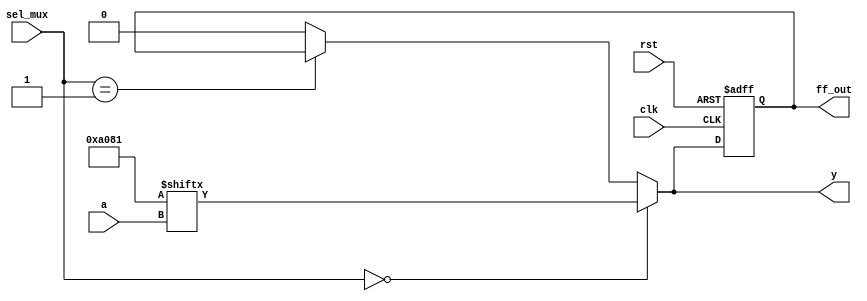
module CLB (
    input wire [3:0] a,          // 4-bit input for LUT
    input wire [1:0] sel_mux,    // 2-bit selector for multiplexer
    input wire clk,              // Clock for flip-flop
    input wire rst,              // Reset signal
    output wire y,               // Output of the CLB
    output reg ff_out            // Output from flip-flop
);

    // 4-input LUT implementation
    reg [15:0] lut;               // 16 entries for a 4-input LUT
    wire lut_out;

    // Initialize LUT with a specific function
    initial begin
        // Example: LUT representing a simple function (e.g., AND)
        lut = 16'b0000000000000000; // Replace with desired truth table
        lut[0] = 1;  // 0000 -> Output 0
        lut[1] = 0;  // 0001 -> Output 0
        lut[2] = 0;  // 0010 -> Output 0
        lut[3] = 0;  // 0011 -> Output 0
        lut[4] = 0;  // 0100 -> Output 0
        lut[5] = 0;  // 0101 -> Output 0
        lut[6] = 0;  // 0110 -> Output 0
        lut[7] = 1;  // 0111 -> Output 1
        lut[8] = 0;  // 1000 -> Output 0
        lut[9] = 0;  // 1001 -> Output 0
        lut[10] = 0; // 1010 -> Output 0
        lut[11] = 0; // 1011 -> Output 0
        lut[12] = 0; // 1100 -> Output 0
        lut[13] = 1; // 1101 -> Output 1
        lut[14] = 0; // 1110 -> Output 0
        lut[15] = 1; // 1111 -> Output 1
    end

    // LUT output
    assign lut_out = lut[{a[3], a[2], a[1], a[0]}];

    // Multiplexer implementation
    wire mux_out;
    assign mux_out = (sel_mux == 2'b00) ? lut_out : 
                     (sel_mux == 2'b01) ? ff_out : 
                     1'b0; // Add more cases as needed

    // Flip-flop for storing intermediate result
    always @(posedge clk or posedge rst) begin
        if (rst) begin
            ff_out <= 1'b0;
        end else begin
            ff_out <= mux_out; // Store the output of the mux
        end
    end

    // Final output of CLB
    assign y = mux_out;

endmodule